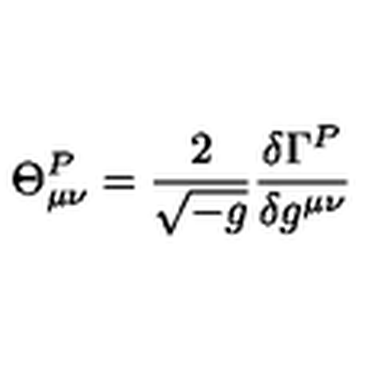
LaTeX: \Theta _ { \mu \nu } ^ { P } = \frac { 2 } { \sqrt { - g } } \frac { \delta \Gamma ^ { P } } { \delta g ^ { \mu \nu } }